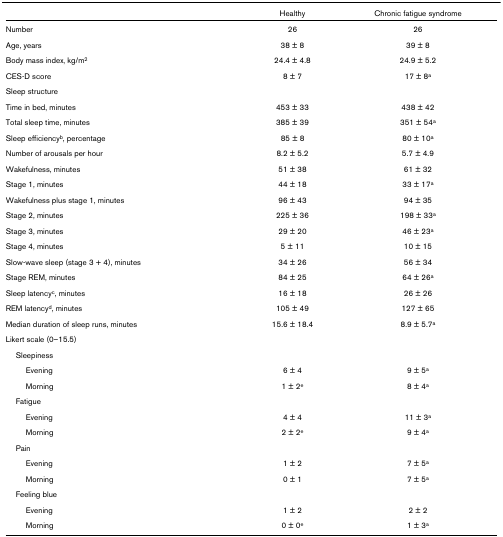
<table><thead><tr><td></td><td><b>Healthy</b></td><td><b>Chronic fatigue syndrome</b></td></tr></thead><tbody><tr><td>Number</td><td>26</td><td>26</td></tr><tr><td>Age, years</td><td>38 ± 8</td><td>39 ± 8</td></tr><tr><td>Body mass index, kg/m<sup>2</sup></td><td>24.4 ± 4.8</td><td>24.9 ± 5.2</td></tr><tr><td>CES-D score</td><td>8 ± 7</td><td>17 ± 8<sup>a</sup></td></tr><tr><td>Sleep structure</td><td></td><td></td></tr><tr><td>Time in bed, minutes</td><td>453 ± 33</td><td>438 ± 42</td></tr><tr><td>Total sleep time, minutes</td><td>385 ± 39</td><td>351 ± 54<sup>a</sup></td></tr><tr><td>Sleep efficiency<sup>b</sup>, percentage</td><td>85 ± 8</td><td>80 ± 10<sup>a</sup></td></tr><tr><td>Number of arousals per hour</td><td>8.2 ± 5.2</td><td>5.7 ± 4.9</td></tr><tr><td>Wakefulness, minutes</td><td>51 ± 38</td><td>61 ± 32</td></tr><tr><td>Stage 1, minutes</td><td>44 ± 18</td><td>33 ± 17<sup>a</sup></td></tr><tr><td>Wakefulness plus stage 1, minutes</td><td>96 ± 43</td><td>94 ± 35</td></tr><tr><td>Stage 2, minutes</td><td>225 ± 36</td><td>198 ± 33<sup>a</sup></td></tr><tr><td>Stage 3, minutes</td><td>29 ± 20</td><td>46 ± 23<sup>a</sup></td></tr><tr><td>Stage 4, minutes</td><td>5 ± 11</td><td>10 ± 15</td></tr><tr><td>Slow-wave sleep (stage 3 + 4), minutes</td><td>34 ± 26</td><td>56 ± 34</td></tr><tr><td>Stage REM, minutes</td><td>84 ± 25</td><td>64 ± 26<sup>a</sup></td></tr><tr><td>Sleep latency<sup>c</sup>, minutes</td><td>16 ± 18</td><td>26 ± 26</td></tr><tr><td>REM latency<sup>d</sup>, minutes</td><td>105 ± 49</td><td>127 ± 65</td></tr><tr><td>Median duration of sleep runs, minutes</td><td>15.6 ± 18.4</td><td>8.9 ± 5.7<sup>a</sup></td></tr><tr><td>Likert scale (0–15.5)</td><td></td><td></td></tr><tr><td> Sleepiness</td><td></td><td></td></tr><tr><td>Evening</td><td>6 ± 4</td><td>9 ± 5<sup>a</sup></td></tr><tr><td>Morning</td><td>1 ± 2<sup>e</sup></td><td>8 ± 4<sup>a</sup></td></tr><tr><td> Fatigue</td><td></td><td></td></tr><tr><td>Evening</td><td>4 ± 4</td><td>11 ± 3<sup>a</sup></td></tr><tr><td>Morning</td><td>2 ± 2<sup>e</sup></td><td>9 ± 4<sup>a</sup></td></tr><tr><td> Pain</td><td></td><td></td></tr><tr><td>Evening</td><td>1 ± 2</td><td>7 ± 5<sup>a</sup></td></tr><tr><td>Morning</td><td>0 ± 1</td><td>7 ± 5<sup>a</sup></td></tr><tr><td> Feeling blue</td><td></td><td></td></tr><tr><td>Evening</td><td>1 ± 2</td><td>2 ± 2</td></tr><tr><td>Morning</td><td>0 ± 0<sup>e</sup></td><td>1 ± 3<sup>a</sup></td></tr></tbody></table>